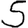
Digit: 5